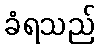
ခံရသည်